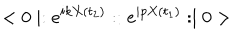
< 0 \mid : e ^ { i k X ( t _ { 2 } ) } : : e ^ { i p X ( t _ { 1 } ) } : \mid 0 >